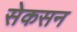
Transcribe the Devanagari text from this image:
सेकसन